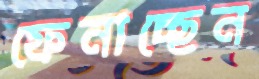
ফেনাচ্ছেন